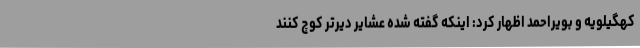
کهگیلویه و بویراحمد اظهار کرد: اینکه گفته شده عشایر دیرتر کوچ کنند